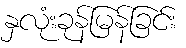
နှလုံးခုန်မြန်ခြင်း